system: You are a helpful assistant.
user:
Analyze the provided spectrum to determine if it is a **S-type Star**.

- **Key Indicators for S-type Star:**

    - **(Overall Spectrum Shape):** The first and most obvious characteristic is the overall continuum (the "baseline" shape). It is **extremely "red-sloping,"** meaning the flux (light intensity) is very low on the left side (blue, ~4000-4500 Å) and rises steeply and continuously toward the right side (red, ~7000 Å+).

    - **(Primary):** The spectrum is defined by the presence of strong, broad molecular absorption "valleys" (bands) from **Zirconium Oxide (ZrO)**. The identification of these bands is the **primary requirement** for classifying a star as S-type.
        - **(Key Bandheads):** You must find distinct, deep "dips" where the light has been absorbed. The most critical band systems to locate are:
            - **~6474 Å** ($\gamma$-system): This is often the strongest and clearest ZrO feature, found in the red part of the spectrum.
            - **~5718 Å** & **~5551 Å** ($\beta$-system): A pair of prominent absorption features in the yellow-orange part of the spectrum.
            - **~4640 Å** ($\alpha$-system): A key absorption band system in the blue-green region of the spectrum.

    - **(Secondary Confirmation):** The classification is strengthened by finding additional absorption bands from other related heavy element oxides, which are expected to be present alongside ZrO.
        - **(Key Bandheads):**
            - **Yttrium Oxide (YO):** Look for absorption dips near **~4800 Å** and **~6100 Å**.
            - **Lanthanum Oxide (LaO):** Additional absorption features, particularly in the red-orange part of the spectrum, are also characteristic.

    - **(Line Profile):** The combination of the steep red continuum and these numerous, deep molecular bands (ZrO, YO, etc.) gives the entire spectrum a very **"chopped-up"** or **"bumpy"** appearance. Instead of a smooth curve, the spectrum looks as though large, wide chunks of light have been "carved out" of it at the specific wavelengths listed above.

Think first, call **spectral_visualization_tool** if needed to examine features in detail, then provide your final answer. Your response must adhere to the following strict rules:
1.  **Overall Structure:** Your response must follow the format `<think>...</think> <tool_call>...</tool_call> (if a tool is used) <answer>...</answer>`.
2.  **Tool Usage Constraint:** You may only make **one** tool call per turn.
3.  **Final Answer Format:** In the `<answer>` tag, your conclusion must be inside a `\boxed{}` command (e.g., `\boxed{YES}` or `\boxed{NO}`), followed by your justification.

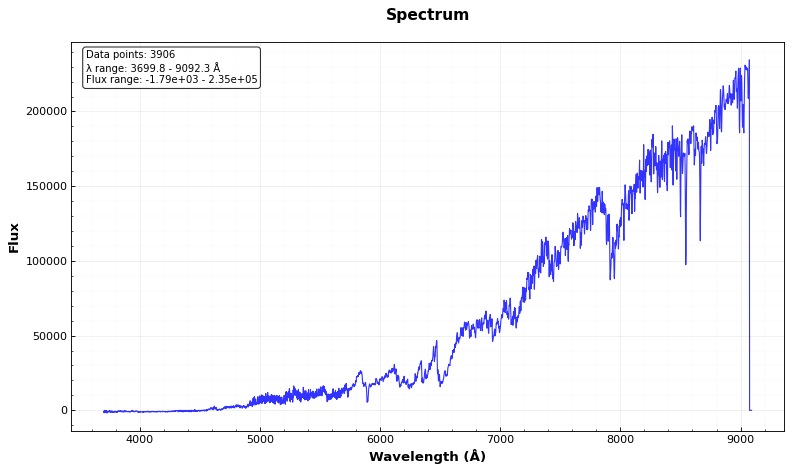
Answer: YES